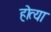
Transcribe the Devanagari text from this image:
हॊत्या